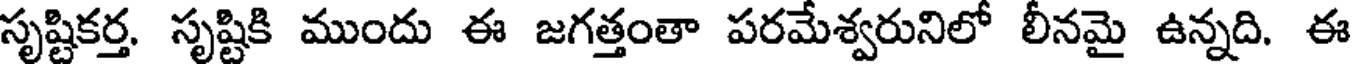
సృష్టికర్త. సృష్టికి ముందు ఈ జగత్తంతా పరమేశ్వరునిలో లీనమై ఉన్నది. ఈ